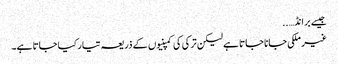
جیسے برانڈ… ..
غیر ملکی جانا جاتا ہے لیکن ترکی کی کمپنیوں کے ذریعہ تیار کیا جاتا ہے۔